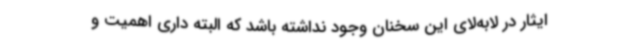
ایثار در لابه‌لای این سخنان وجود نداشته باشد که البته داری اهمیت و